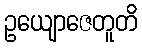
ဥယျောဇေတူတိ